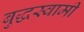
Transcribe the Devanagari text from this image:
बुद्धस्वामी